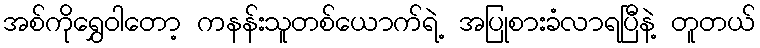
အစ်ကိုရွှေဝါတော့ ကနန်းသူတစ်ယောက်ရဲ့ အပြုစားခံလာရပြီနဲ့ တူတယ်